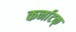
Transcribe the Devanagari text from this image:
कर्नाटक्